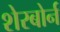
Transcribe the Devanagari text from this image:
शेरबोर्न